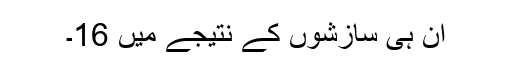
ان ہی سازشوں کے نتیجے میں 16۔